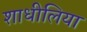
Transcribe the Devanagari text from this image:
शाधीलिया